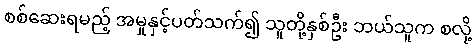
စစ်ဆေးရမည့် အမှုနှင့်ပတ်သက်၍ သူတို့နှစ်ဦး ဘယ်သူက စလို့